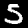
Digit: 5